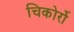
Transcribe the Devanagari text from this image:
चिकोर्रो